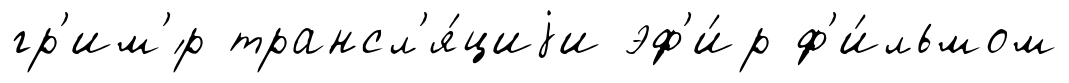
гр'им'́р трансл'я́циjи эф'и́р ф'и́льмом